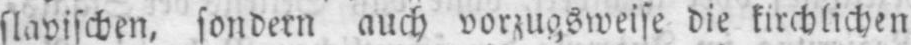
slavischen, sondern auch vorzugsweise die kirchlichen